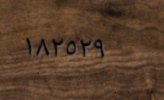
١٨٢٥٢٩